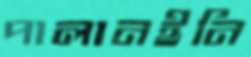
পালানইনি